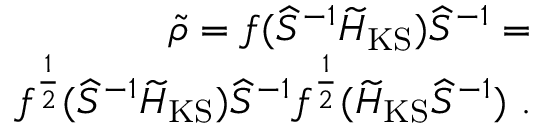
\begin{array} { r } { \widetilde \rho = f ( \widehat { S } ^ { - 1 } \widetilde { H } _ { \mathrm { K S } } ) \widehat { S } ^ { - 1 } = } \\ { f ^ { \frac { 1 } { 2 } } ( \widehat { S } ^ { - 1 } \widetilde { H } _ { \mathrm { K S } } ) \widehat { S } ^ { - 1 } f ^ { \frac { 1 } { 2 } } ( \widetilde { H } _ { \mathrm { K S } } \widehat { S } ^ { - 1 } ) ~ . } \end{array}